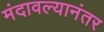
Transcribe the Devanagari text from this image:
मंदावल्यानंतर